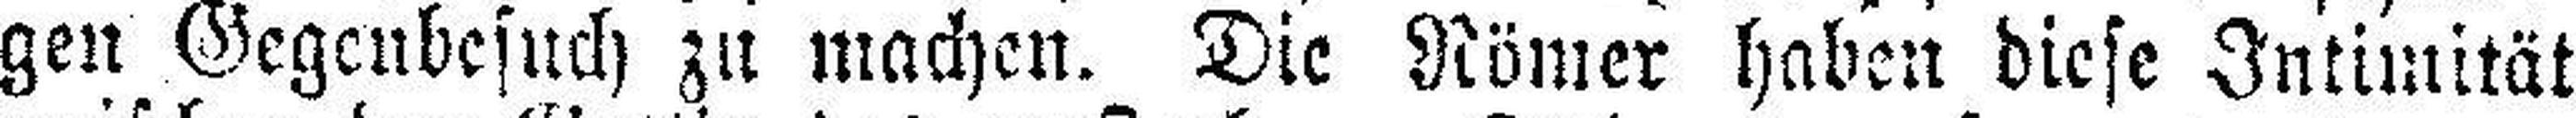
gen Gegenbesuch zu machen. Die Römer haben diese Intimität